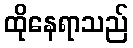
ထိုနေရာသည်